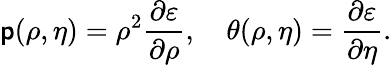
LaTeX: \mathsf{p}(\rho,\eta)=\rho^{2}\frac{{\partial\varepsilon}}{{\partial\rho}},\quad\theta(\rho,\eta)=\frac{{\partial\varepsilon}}{{\partial\eta}}.